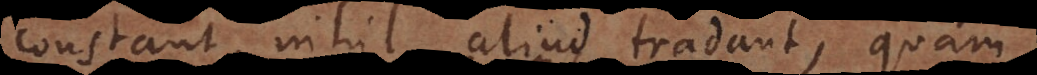
constant, nihil aliud tradant, quam